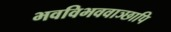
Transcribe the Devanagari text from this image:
भवविभववाञ्छापि